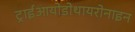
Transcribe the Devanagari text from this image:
ट्राईआयोडोथायरोनाइन